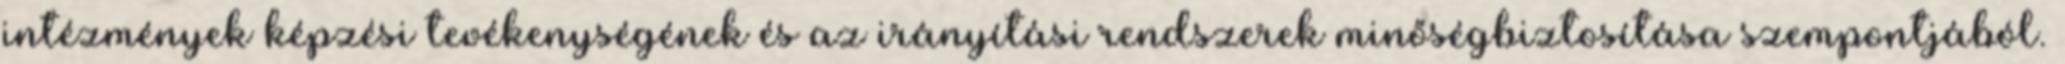
intézmények képzési tevékenységének és az irányítási rendszerek minőségbiztosítása szempontjából.